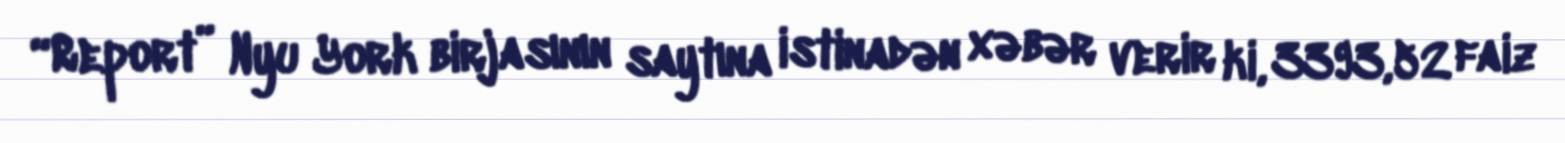
“Report” Nyu York birjasının saytına istinadən xəbər verir ki, 3393,52 faiz